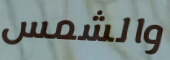
والشمس